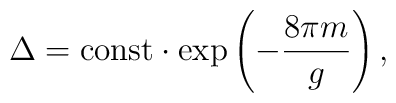
\Delta={\rm const}\cdot\exp\left(-\frac{8\pi m}{g}\right),